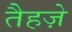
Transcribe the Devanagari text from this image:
तैहज़े